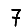
Digit: 7